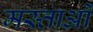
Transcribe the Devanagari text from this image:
मस्ताओं